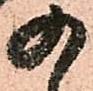
の